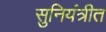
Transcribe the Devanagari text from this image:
सुनियंत्रीत